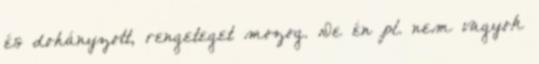
és dohányzott, rengeteget mozog. De én pl. nem vagyok